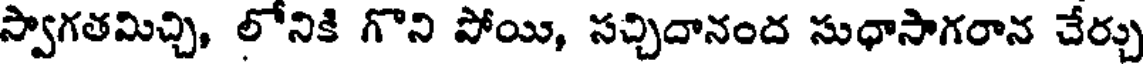
స్వాగతమిచ్చి, లోనికి గొని పోయి, సచ్చిదానంద సుధాసాగరాన చేర్చు